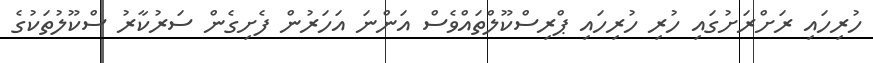
ހުރިހައި ރަށްރަށުގައި ހުރި ހުރިހައި ޕްރިސްކޫލްތައްވެސް އަންނަ އަހަރުން ފެށިގެން ސަރުކާރު ސްކޫލުތަކުގެ